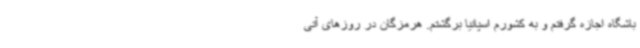
باشگاه اجازه گرفتم و به کشورم اسپانیا برگشتم. هرمزگان در روزهای آتی